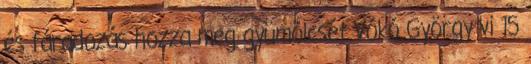
és fáradozás hozza meg gyümölcsét Vókó György vi 15